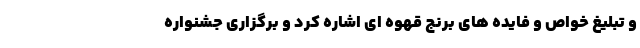
و تبلیغ خواص و فایده های برنج قهوه ای اشاره کرد و برگزاری جشنواره